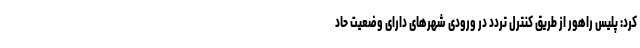
کرد: پلیس راهور از طریق کنترل تردد در ورودی شهرهای دارای وضعیت حاد